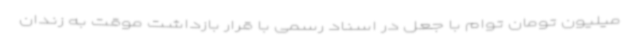
میلیون تومان توام با جعل در اسناد رسمی با قرار بازداشت موقت به زندان